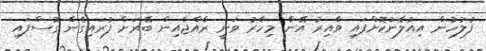
ފުލުހުން އިއުލާނުކޮށްފައި ވާއިރު އޭނާ މިހާރު ވަނީ ރާއްޖެއިން ބޭރަށް ފުރައިގެން ގޮސްފައި